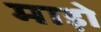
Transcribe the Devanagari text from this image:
माड़ो